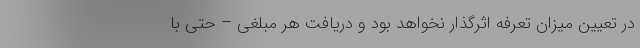
در تعیین میزان تعرفه اثرگذار نخواهد بود و دریافت هر مبلغی – حتی با